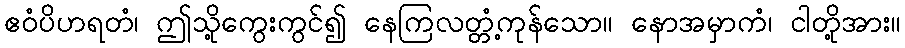
ဧဝံပိဟရတံ၊ ဤသို့ကွေးကွင်၍ နေကြလတ္တံ့ကုန်သော။ နောအမှာကံ၊ ငါတို့အား။